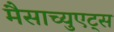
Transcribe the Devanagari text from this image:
मैसाच्युएट्स